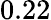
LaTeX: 0.22